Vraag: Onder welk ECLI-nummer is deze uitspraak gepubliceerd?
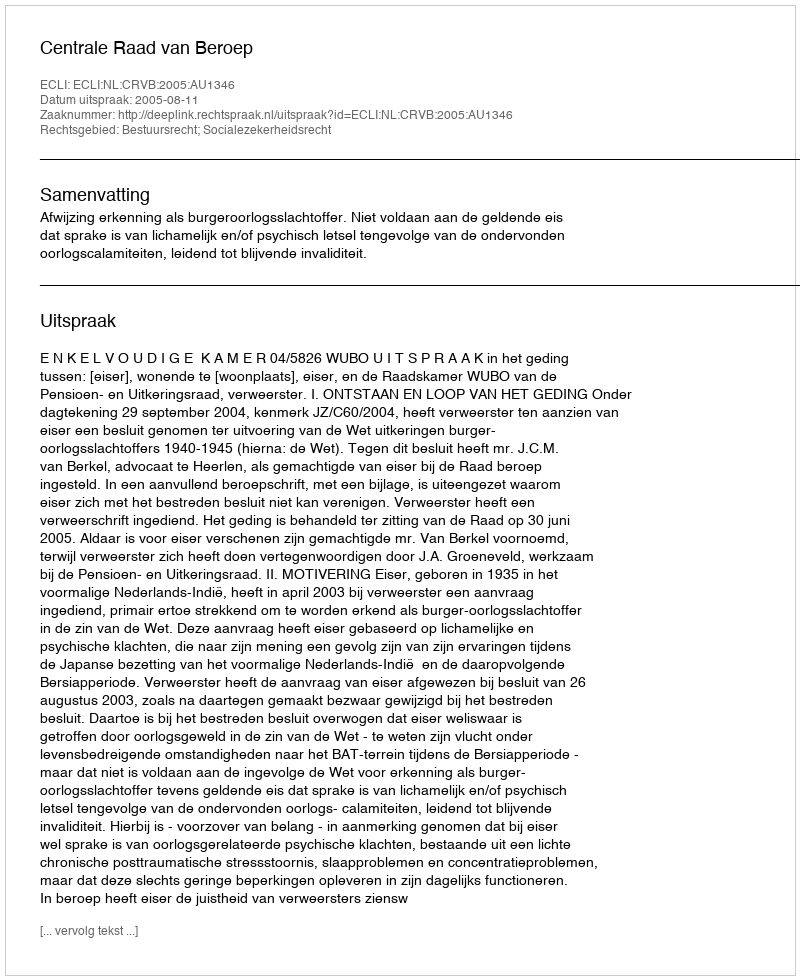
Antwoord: ECLI:NL:CRVB:2005:AU1346